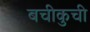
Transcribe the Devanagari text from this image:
बचीकुची